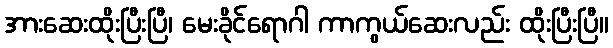
အားဆေးထိုးပြီးပြီ၊ မေးခိုင်ရောဂါ ကာကွယ်ဆေးလည်း ထိုးပြီးပြီ။